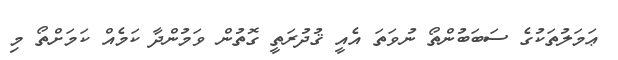
ޢަމަލުތަކުގެ ސަބަބުންތޯ ނުވަތަ އެއީ ޤުދުރަތީ ގޮތުން ވަމުންދާ ކަމެއް ކަމަށްތޯ މި